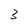
Character: 3